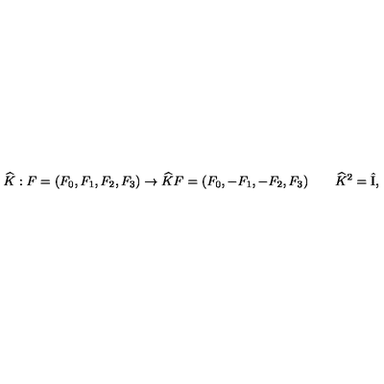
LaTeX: \widehat { K } : F = ( F _ { 0 } , F _ { 1 } , F _ { 2 } , F _ { 3 } ) \to \widehat { K } F = ( F _ { 0 } , - F _ { 1 } , - F _ { 2 } , F _ { 3 } ) \qquad \widehat { K } ^ { 2 } = \hat { \mathrm { I } } ,